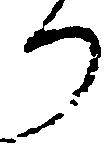
り